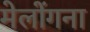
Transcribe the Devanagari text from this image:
मेलोंगना